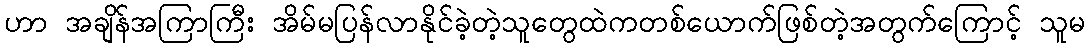
ဟာ အချိန်အကြာကြီး အိမ်မပြန်လာနိုင်ခဲ့တဲ့သူတွေထဲကတစ်ယောက်ဖြစ်တဲ့အတွက်ကြောင့် သူမ